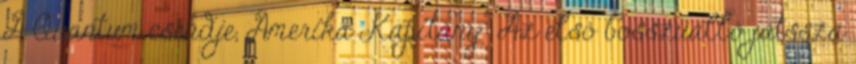
A Quantum csendje, Amerika Kapitány: Az első bosszúálló játssza